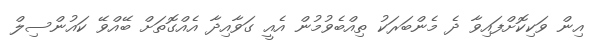
އިން ވަކިކޮށްފައިވާ ދެ މެންބަރަކު ތިއްބެވުމުން އެއީ ގަވާއިދާ އެއްގޮތަށް ބޭއްވޭ ކައުންސިލް